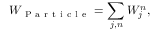
W _ { \mathrm { ~ P ~ a ~ r ~ t ~ i ~ c ~ l ~ e ~ } } = \sum _ { j , n } W _ { j } ^ { n } ,